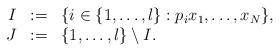
LaTeX: \begin{align*} \begin{array}{rcl} I & := & \{ i \in \{1,\ldots, l \} : p_i x_1, \ldots, x_N \}, \\ J & := & \{ 1, \ldots, l \} \setminus I. \end{array} \end{align*}